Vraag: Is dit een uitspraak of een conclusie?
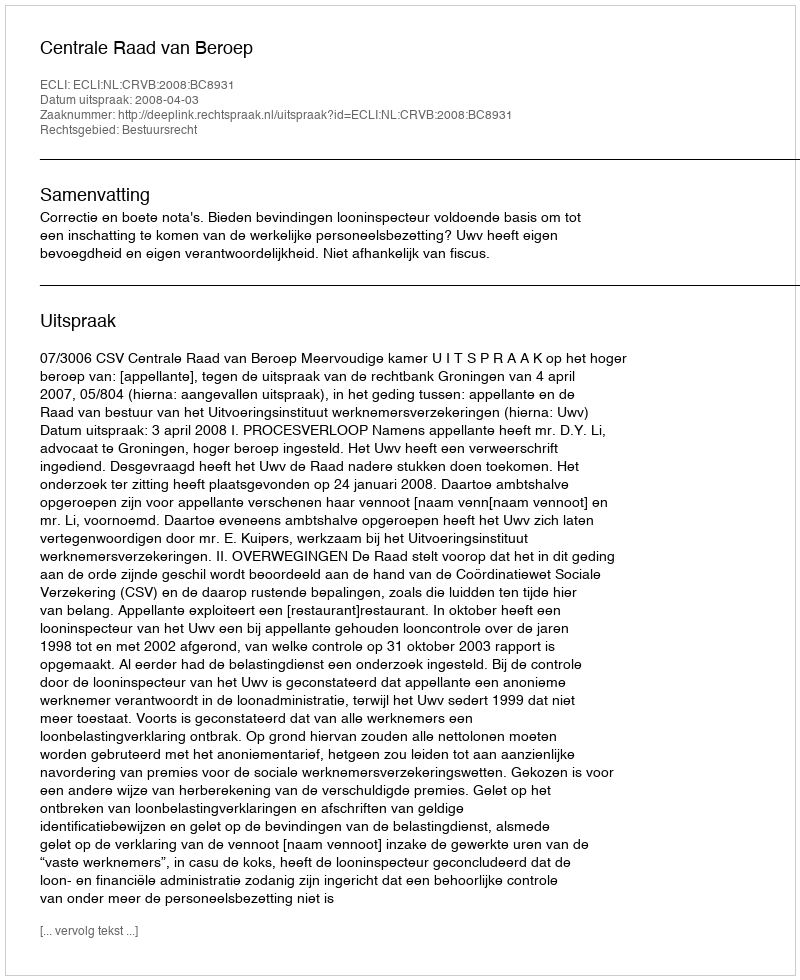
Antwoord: Uitspraak